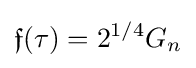
{\mathfrak {f}}(\tau )=2^{1/4}G_{n}